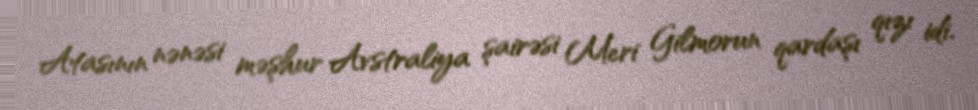
Atasının nənəsi məşhur Avstraliya şairəsi Meri Gilmorun qardaşı qızı idi.